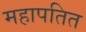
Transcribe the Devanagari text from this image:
महापतित